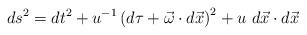
LaTeX: \begin{align*}ds^2 = dt^2 + u^{-1} \left( d\tau + \vec{\omega} \cdot d\vec{x} \right) ^2 +u~d\vec{x} \cdot d\vec{x}\end{align*}